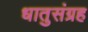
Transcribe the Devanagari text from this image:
धातुसंग्रह